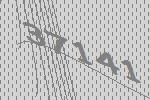
37141